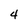
Character: 4